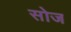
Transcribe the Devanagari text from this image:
सोज